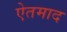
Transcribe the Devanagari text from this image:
ऐतमाद